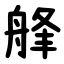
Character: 艂